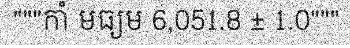
"""កាំ មធ្យម 6,051.8 ± 1.0"""